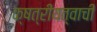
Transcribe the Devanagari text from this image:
क्षत्रीयत्वाची